Document type: Dowry acquittance
Year: 1427
Scribe: Pere Tarafa
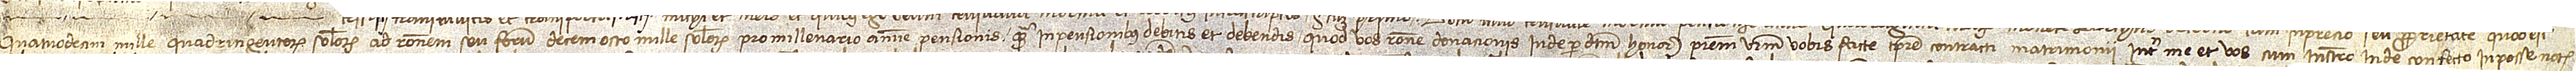
quatuordecim mille quadringentorum solidorum, ad rationem seu forum decem octo mille solidorum pro millenario annue pensionis quam in pensionibus debitis et debendis quod vos ratione donacionis inde per dictum honorabilem patrem vestrum vobis facte tempore contracti matrimonii inter me et vos, cum instrumento inde confecto in posse notarii